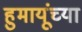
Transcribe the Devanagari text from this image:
हुमायूंच्या